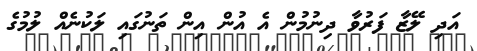
އަދި ލޭޒާ ފަރުވާ ދިނުމުން އެ އުން އިން ތަނުގައި ލަކުނެއް ލުމުގެ